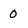
Character: o